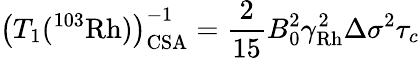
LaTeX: \left(T_{1}(^{103}\mathrm{Rh})\right)_{\mathrm{{CSA}}}^{-1}=\frac{2}{15}B_{0}^{2}\gamma_{\mathrm{Rh}}^{2}\Delta\sigma^{2}\tau_{c}